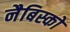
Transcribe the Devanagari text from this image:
नैबिस्को